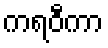
ကရဝီကာ